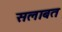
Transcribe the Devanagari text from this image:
सलाबत